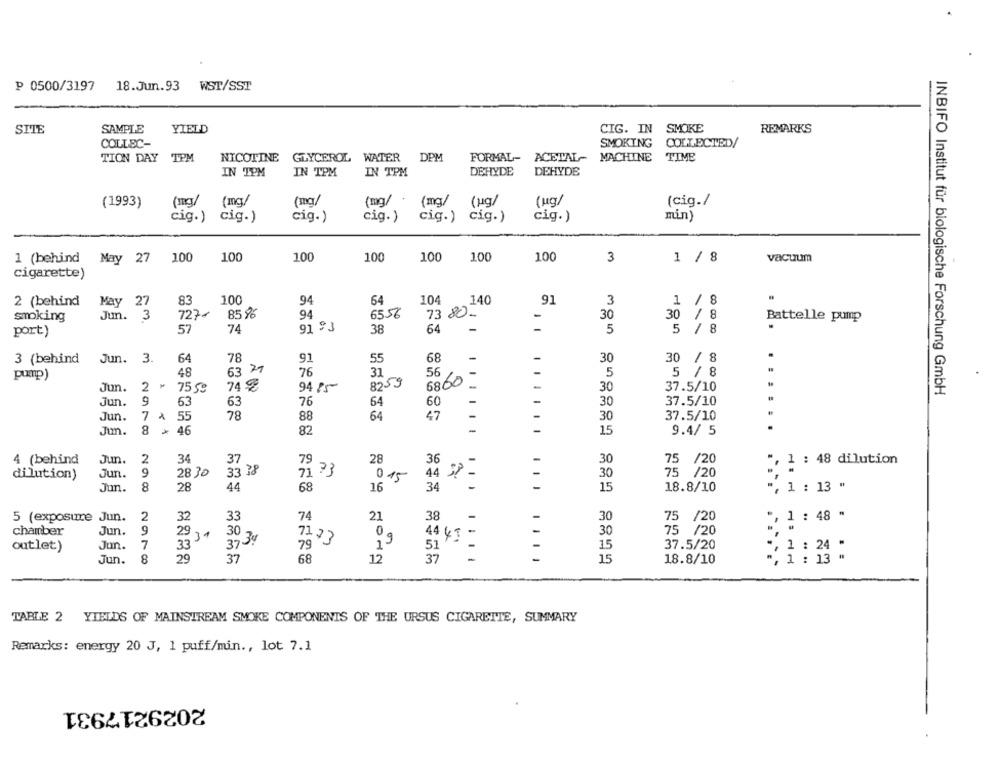
P 0500/3197
18.Jun.93 WST/SST
SITE
SAMPLE
YIELD
CIG. IN SMOKE
REMARKS
COLLEC-
SMOKING COLLECTED/
TION DAY TPM
NICOTINE GLYCEROL WATER DPM
FORMAL-
ACETAL- MACHINE TIME
IN TPM
IN TPM
IN TPM
DEHYDE
DEHYDE
(1993)
(mg/
(mg/
(mg/
(mg/ *
(mg/
(ug/
(ug/
(cig./
cig.)
cig.)
cig.)
cig.)
cig.)
cig.)
cig.)
min)
1 (behind May 27
100
100
100
100
100
100
100
3
1 / 8
vacuum
cigarette)
2 (behind
May
27
83
100
94
64
104
140
91
3
1 / 8
727-
85%
94
73 80-
smoking
Jun. 3
3
6556
-
30
30 / 8
Battelle pump
57
74
91 ºJ
38
64
-
-
5
port)
5 / 8
89
3 (behind
Jun. 3.
64
78
91
55
30
30
1
pump)
48
63 77
76
31
56
-
5
5 / 8
6860
Jun. 2 > 7559
74 $
94 85
8259
-
30
37.5/10
INBIFO Institut für biologische Forschung GmbH
Jun.
9
63
63
76
64
60
-
30
37.5/10
Jun.
7 * 55
78
88
64
47
30
37.5/10
-
Jun.
8
46
82
15
9.4/ 5
4 (behind
Jun.
2
34
79
28
75 /20
", 1 : 48 dilution
37
36
30
Jun.
9
28 30
33 38
71 73
30
75
/20
dilution)
015
44 3? -
Jun.
8
28
44
68
16
34
15
18.8/10
1 : 13 "
5 (exposure Jun.
2
32
33
74
21
38
-
-
30
75 /20
", 1 : 48 "
chamber
Jun.
9
29 31
71,7
0
30
75 /20
7
30 34
4443 -
outlet)
Jun.
33
373
51
15
37.5/20
, 1 : 24 "
8
29
-
15
", 1 : 13 "
Jun.
37
68
12
18.8/10
TABLE 2 YIELDS OF MAINSTREAM SMOKE COMPONENTS OF THE URSUS CIGARETTE, SUMMARY
Remarks: energy 20 J, 1 puff/min ., lot 7.1
2029217931